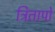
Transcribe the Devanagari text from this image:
त्रितापों